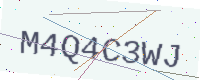
Text: M4Q4C3WJ